Vaccination in Bombay 1874-1876 - 1874-1876
Year: 1874
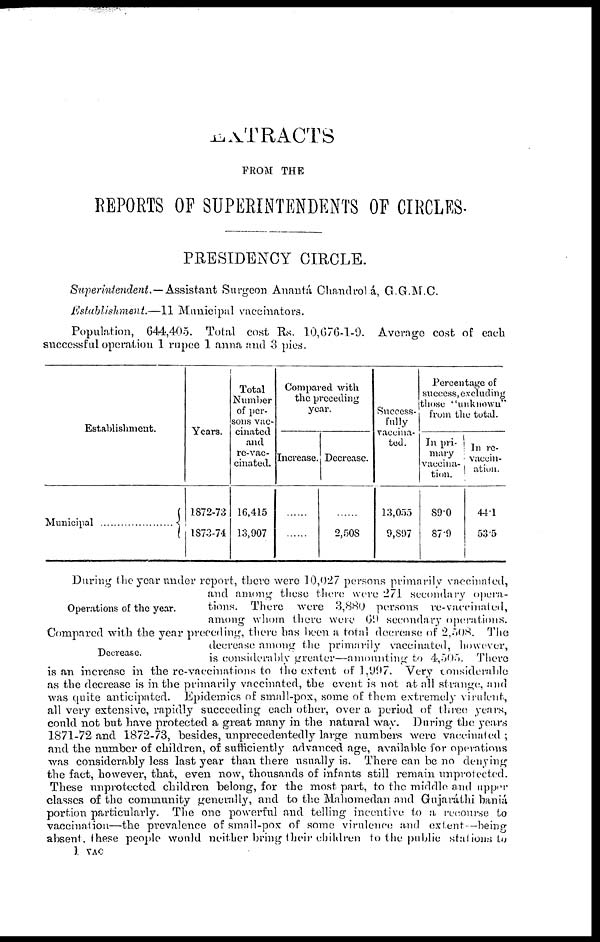
EXTRACTS
FROM THE
REPORTS OF SUPERINTENDENTS OF CIRCLES.
PRESIDENCY CIRCLE.
Superintendent.—Assistant
Surgeon Anantá Chandrobá, G.G.M.C.
Establishment.—11
Municipal vaccinators.
Population, 644,405. Total cost Rs. 10,676-1-9. Average cost of each
successful operation 1 rupee 1 anna and 3 pies.
Establishment.
Municipal
Years.
1872-73
1873-74
Total
Number
of per-
sons vac-
cinated
and
re-vac-
cinated.
16,415
13,907
Compared with
the preceding
year.
Increase.
......
......
Decrease.
......
2,508
Success-
fully
vaccina-
ted.
13,055
9,897
Percentage of
success, excluding
those "unknown"
from the total.
In pri-
mary
vaccina-
tion.
89.0
87.9
In re-
vaccin-
ation.
44.1
53.5
Operations of the year.
During the year under report, there were 10,027 persons primarily vaccinated,
and among these there were 271 secondary opera-
tions. There were 3,880
persons
re-vaccinated,
among whom there were 69 secondary operations.
Decrease.
Compared with the year preceding, there has been a total decrease of 2,508.
The
decrease among the primarily vaccinated, however,
is considerably greater—amounting to 4,505. There
is an increase in the re-vaccinations to the extent of 1,997. Very considerable
as the decrease is in the primarily vaccinated, the event is not at all strange;, and
was quite anticipated. Epidemics of small-pox, some of them extremely virulent,
all very extensive, rapidly succeeding each other, over a period of three years,
could not but have protected a great many in the natural way. During the years
1871-72 and 1872-73, besides, unprecedentedly large numbers were vaccinated ;
and the number of children, of sufficiently advanced age, available for operations
was considerably less last year than there usually is. There can be no denying
the fact, however, that, even now, thousands of infants still remain unprotected.
These unprotected children belong, for the most part, to the middle and upper
classes of the community generally, and to the Mahomedan and Gujaráthi baniá
portion particularly. The one powerful and telling incentive to a, recourse to
vaccination—the prevalence of small-pox of some virulence and extent —being
absent, these people would neither bring their children to the public stations to
1 VAC